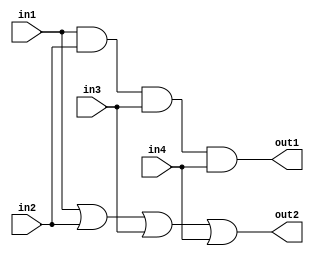
module mod_a (
	input  wire in1,
	input  wire in2,
	input  wire in3,
	input  wire in4,
	output wire out1,
	output wire out2
);
	assign out1 = in1 & in2 & in3 & in4;
	assign out2 = in1 | in2 | in3 | in4;
endmodule


module top_module (
    input  wire a,
    input  wire b,
    input  wire c,
    input  wire d,
    output wire out1,
    output wire out2
);
    mod_a inst_a (
        .in1     (a   ),
        .in2     (b   ),
        .in3     (c   ),
        .in4     (d   ),
        .out1    (out1),
        .out2    (out2)
    );
endmodule